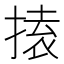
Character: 𭡟